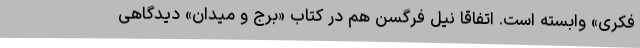
فکری» وابسته است. اتفاقاً نیل فرگسن هم در کتاب «برج و میدان» دیدگاهی